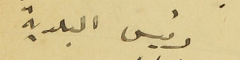
رئيس البلدية